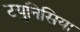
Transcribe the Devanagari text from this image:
टयुनिसिया